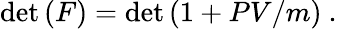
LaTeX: \operatorname*{d\mathrm{e}t}{(F)}=\operatorname*{d\mathrm{e}t}{(1+PV/m)}~.